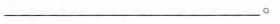
____.